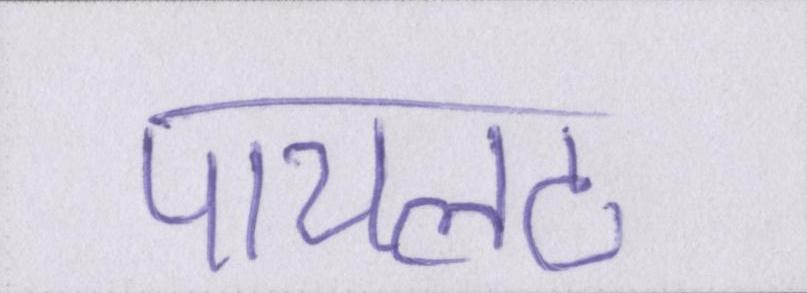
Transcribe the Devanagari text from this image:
पायलट